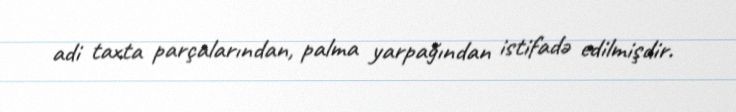
adi taxta parçalarından, palma yarpağından istifadə edilmişdir.